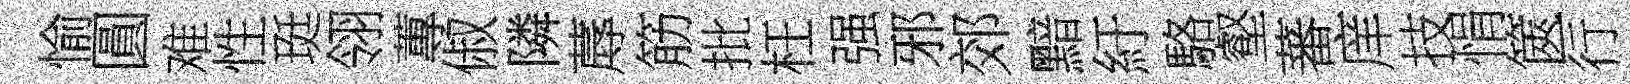
愉圓难性珽翎蓴俶隣蓐筋批枉强邪郊黯紆駱壑蕃庠技悁篋行